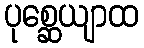
ပုစ္ဆေယျာထ